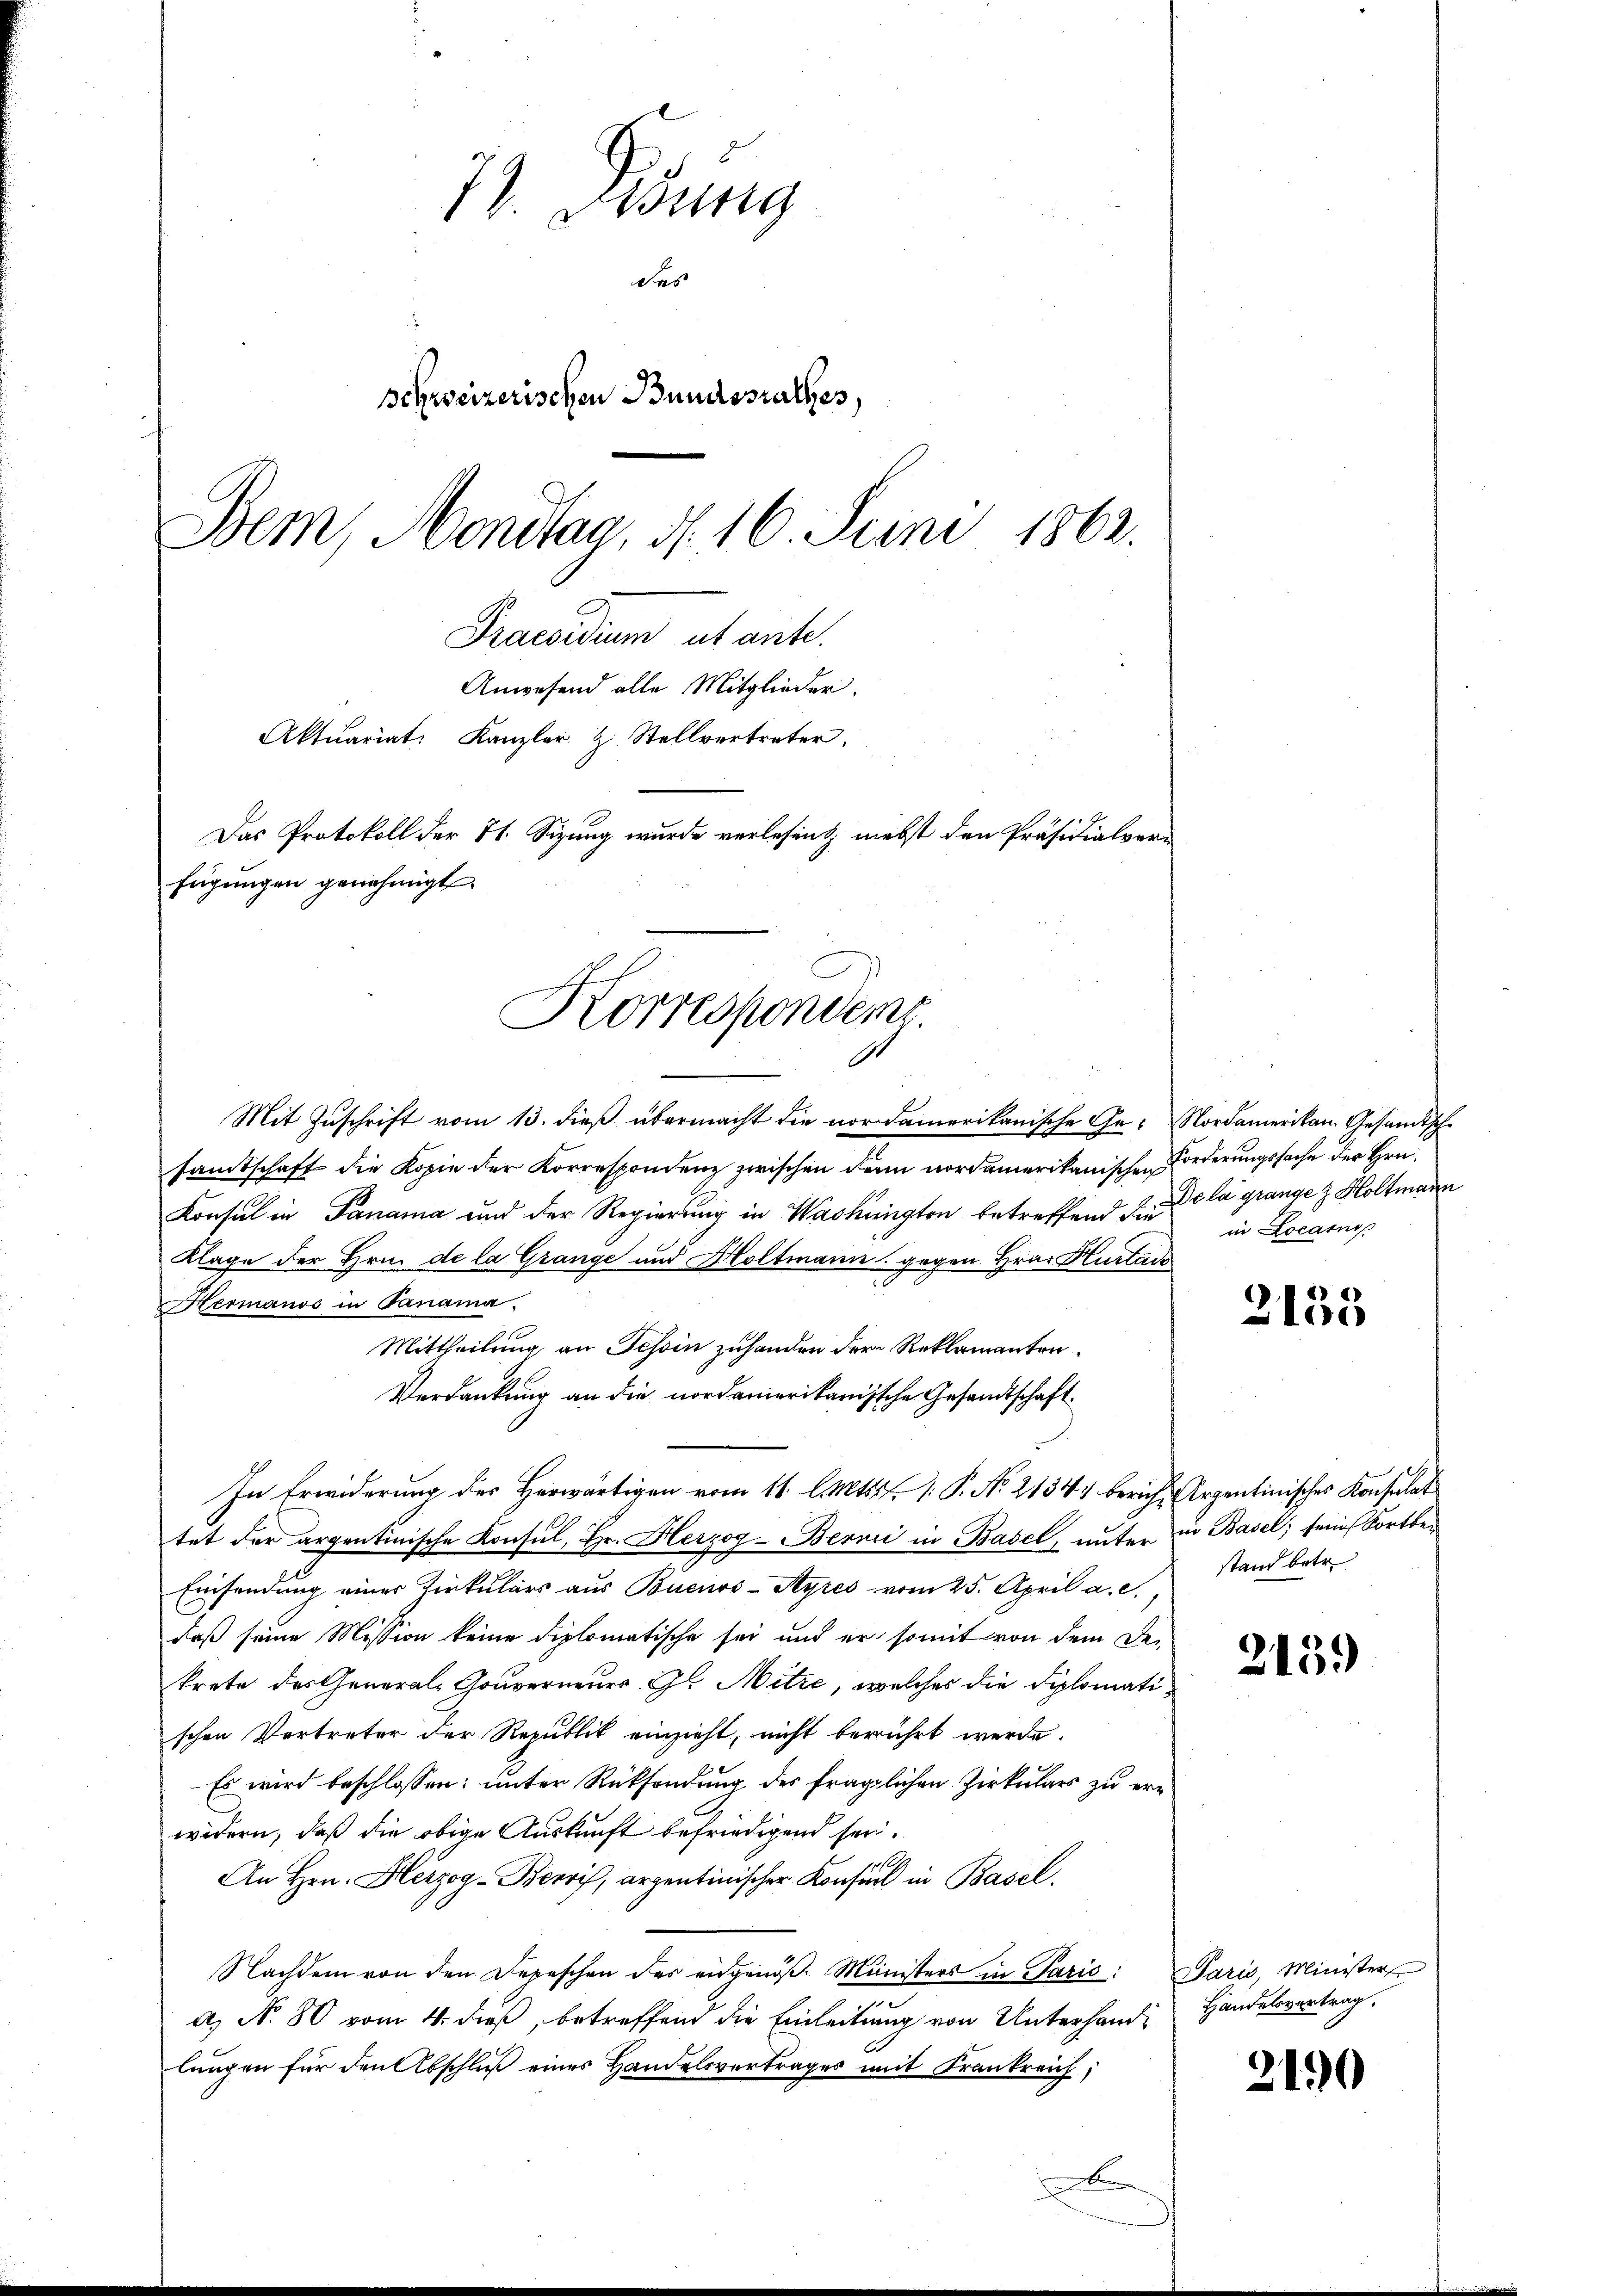
Korrespondenz.

72. Didung
des
schweizerischen Bundesrathes,
Bem, Handtaa, N. 16. Juni 1862.
Praesidium ut ante.
Anwesend alle Mitglieder.
Aktuariat. Kanzler & Stellvertreter.
Das Protokoll der 21. Sizung wurde verlesent nebst den Präsidialverfügungen genehmigt

Mit Zuschrift vom 13. dieß übermacht die nordamerikanische Ge- Nordamerikan. Gesandtsche
samtschaft die Kopie der Korrespondenz zwischen dann nordamerikanischen Forderungssache der Hrn.
Konsul in Panama und der Regierung in Washingten betreffend die in Locarnop
Klage der Hrn. de la Grange und Holtmann gegen Hrn. Hurtade
e
Hermanos in Panama.
Mittheilung an Tessin zuhanden der Reklamanten.
Verdankung an die nordamerikanische Gesandtschaft.
In Erwiderung des Herwärtigen vom 11. l. Mts. f. V. P. No. 2134 bericht Argentinisches Konsulat
tet der argentinische Konsul, Hr. Herzog-Bernii in Basel, unter in Basel, feines Fortbes
Einsendung einer Zirkulars aus Buenos-Ayres vom 25. April a. c.,
daß seine Mission keine diplomatische sei und er somit von dem De-
krete des General-Gouverneues G. Mitze, welches die Diplomatischen Vertreter der Republik einzieht, nicht berührt werde.
Es wird beschlossen: unter Rücksendung des fraglichen Zirkulars zu erwidern, daß die obige Auskunft befriedigend sei.
111
An Hrn. Herzog-Borris, arzentinischer Konsul in Basel.
Nachdem von den Depeschen des eidgenöβ. Ministers in Paris: Paris, Minister
e
a) N. 80 vom 4. dieß, betreffend die Einleitung von Unterhandlungen für den Abschluß eines Handelsvertrages mit Frankreich;
b

Dela grange z. Holtmann

3135

stand betr.

2139

Handelsvertrag,

2190